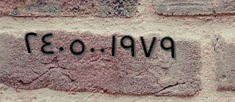
٢٤٠٥٠٠١٩٧٩